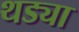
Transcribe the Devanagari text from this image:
थड्या